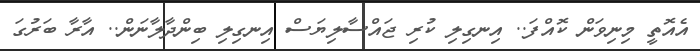
އެއޮތީ މިނިވަން ކޮއްފަ.. އިނގިލި ކުރި ޖައްސާލިޔަސް އިނގިލި ބިންދާލާނަން.. އާރާ ބަރުގަ